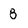
Character: 8